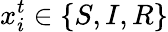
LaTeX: x_{i}^{t}\in\{ S,I,R\}